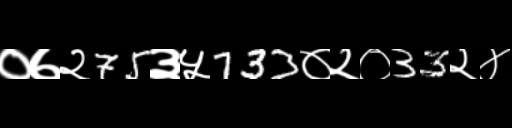
Text: ०७२75३५733०२०33२४